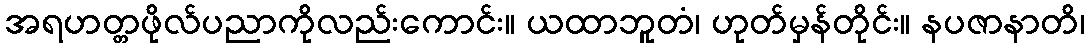
အရဟတ္တဖိုလ်ပညာကိုလည်းကောင်း။ ယထာဘူတံ၊ ဟုတ်မှန်တိုင်း။ နပဇာနာတိ၊